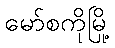
မော်စကိုမြို့